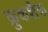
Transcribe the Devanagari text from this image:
क्रुकशैक